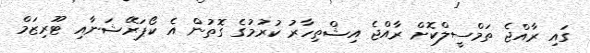
ގައި ރާއްޖެ ތަމްސީލްކޮށް ރާއްޖެ އިޝްތިހާރު ކުރުމުގެ ގޮތުން އެ ކޯޕަރޭޝަނާއި ޓޫރިޒަމް